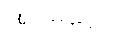
အဝိမနော